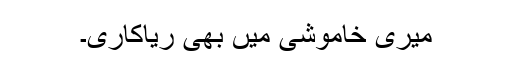
میری خاموشی میں بھی ریاکاری۔